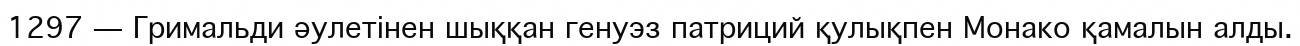
1297 — Гримальди әулетінен шыққан генуэз патриций қулықпен Монако қамалын алды.